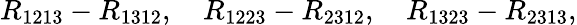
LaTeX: R_{1213}-R_{1312},\quad R_{1223}-R_{2312},\quad R_{1323}-R_{2313},